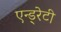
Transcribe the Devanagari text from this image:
एन्ड्रेटी